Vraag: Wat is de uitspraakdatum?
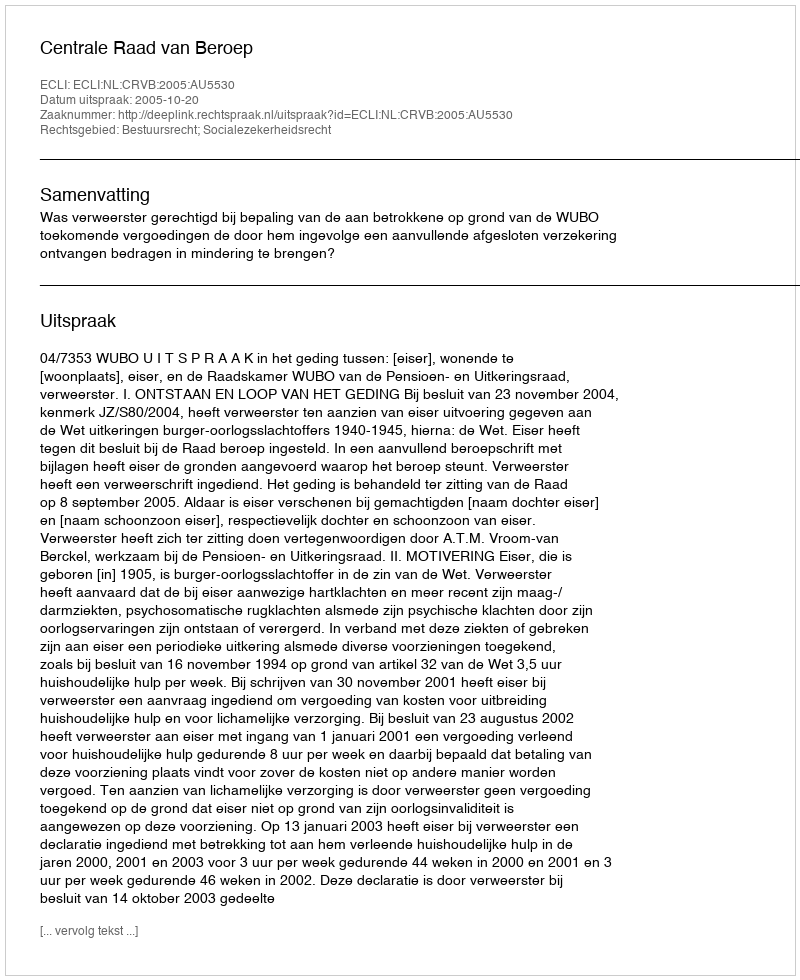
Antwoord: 2005-10-20